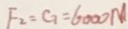
F _ { 2 } = G = 6 0 0 0 N